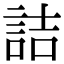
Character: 詰